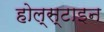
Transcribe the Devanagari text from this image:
होल्स्टाइन